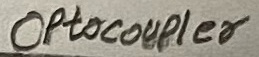
Text: OPtocoupler